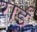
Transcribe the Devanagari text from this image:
राईं